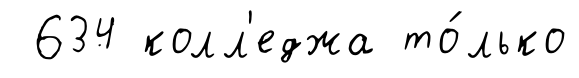
634 колл'еджа то́лько